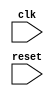
module timing_control_and_synchronization (
  input wire clk,
  input wire reset,
  // other input and output ports
  
);

// Declare and define state machine for timing control
reg [2:0] state;
parameter IDLE_STATE = 3'b000;
parameter READ_STATE = 3'b001;
parameter WRITE_STATE = 3'b010;

always @ (posedge clk or posedge reset)
begin
  if (reset)
    state <= IDLE_STATE;
  else
    case (state)
      IDLE_STATE: begin
        // Transition to read state if condition is met
        state <= READ_STATE;
      end
      READ_STATE: begin
        // Perform read operation and transition to write state
        state <= WRITE_STATE;
      end
      WRITE_STATE: begin
        // Perform write operation and transition back to idle state
        state <= IDLE_STATE;
      end
    endcase
end

// Synchronization logic can be implemented here

// More Verilog code for other tasks in the bus controller

endmodule